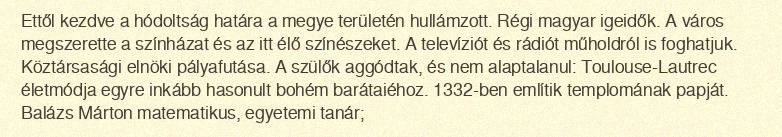
Ettől kezdve a hódoltság határa a megye területén hullámzott. Régi magyar igeidők. A város megszerette a színházat és az itt élő színészeket. A televíziót és rádiót műholdról is foghatjuk. Köztársasági elnöki pályafutása. A szülők aggódtak, és nem alaptalanul: Toulouse-Lautrec életmódja egyre inkább hasonult bohém barátaiéhoz. 1332-ben említik templomának papját. Balázs Márton matematikus, egyetemi tanár;